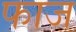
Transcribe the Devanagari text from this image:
फाज